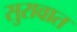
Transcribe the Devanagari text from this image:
सुरावात